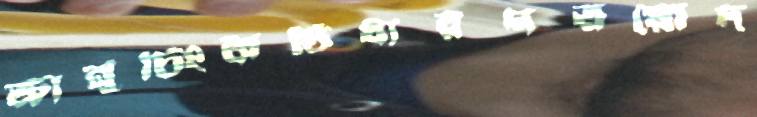
ক্রানুচিংকণ্ঠিধারণত্রয়োদ